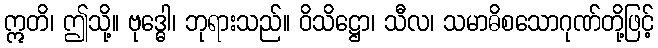
ဣတိ၊ ဤသို့။ ဗုဒ္ဓေါ၊ ဘုရားသည်။ ဝိသိဋ္ဌော၊ သီလ၊ သမာဓိစသောဂုဏ်တို့ဖြင့်